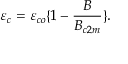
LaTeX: \varepsilon _ { c } = \varepsilon _ { c o } \{ 1 - { \frac { B } { B _ { c 2 m } } } \} .